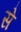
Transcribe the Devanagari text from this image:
से